Reports on military cantonments and civil stations in the Presidency of Bombay inspected by the Sanitary Commissioner in the years 1875 and 1876
Year: 1875
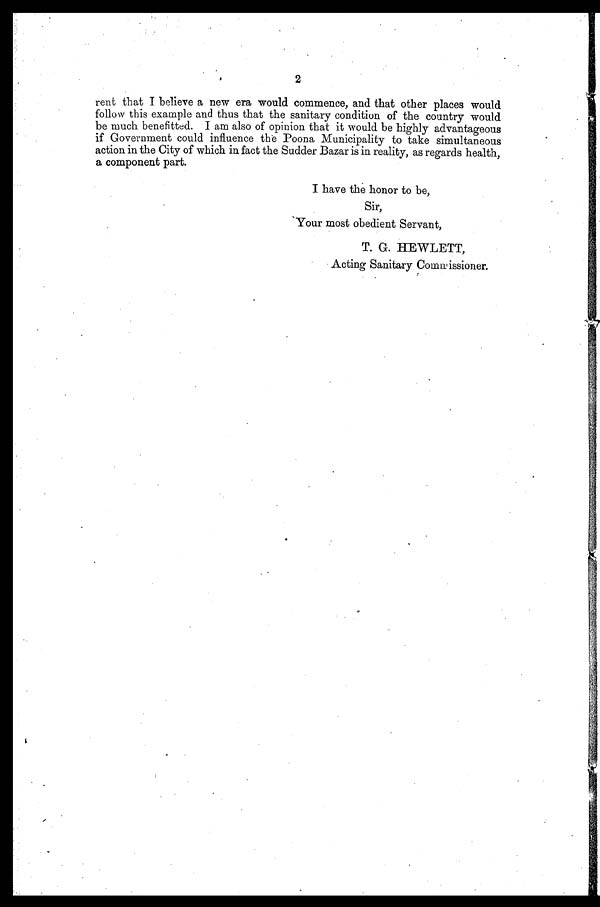
2
rent that I believe a new era would commence, and that other places would
follow this example and thus that the sanitary condition of the country would
be much benefitted. I am also of opinion that it would be highly advantageous
if Government could influence the Poona Municipality to take simultaneous
action in the City of which in fact the Sudder Bazar is in reality, as regards health,
a component part.
I have the honor to be,
Sir,
Your most obedient Servant,
T. G. HEWLETT,
Acting Sanitary Commissioner.